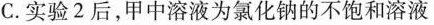
C.实验2后，甲中溶液为氯化钠的不饱和溶液